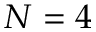
N = 4